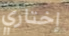
إختاري